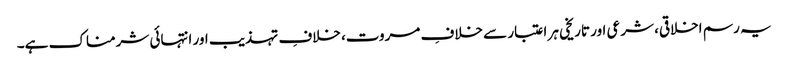
یہ رسم اخلاقی، شرعی اور تاریخی ہر اعتبار سے خلافِ مروت، خلافِ تہذیب اور انتہائی شرمناک ہے۔